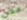
مكان